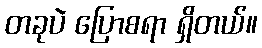
တခုပဲ ပြောစရာ ရှိတယ်။